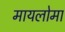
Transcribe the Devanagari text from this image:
मायलोमा